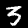
Digit: 5